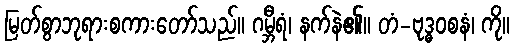
မြတ်စွာဘုရားစကားတော်သည်။ ဂမ္ဘီရံ၊ နက်နဲ၏။ တံ-ဗုဒ္ဓဝစနံ၊ ကို။